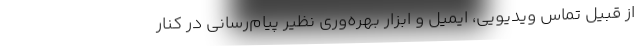
از قبیل تماس ویدیویی، ایمیل و ابزار بهره‌وری نظیر پیام‌رسانی در کنار